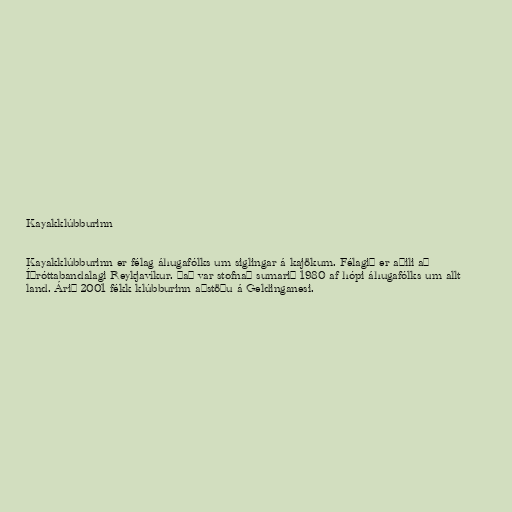
Kayakklúbburinn

Kayakklúbburinn er félag áhugafólks um siglingar á kajökum. Félagið er aðili að
Íþróttabandalagi Reykjavíkur. Það var stofnað sumarið 1980 af hópi áhugafólks um allt
land. Árið 2001 fékk klúbburinn aðstöðu á Geldinganesi.